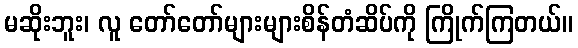
မဆိုးဘူး၊ လူ တော်တော်များများစိန်တံဆိပ်ကို ကြိုက်ကြတယ်။